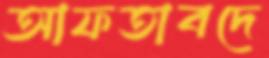
আফতাবদে